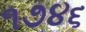
૧૭૪૬